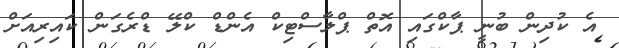
އެ ކުދިން ބުނީ ޕާކްގައި އޮތް ޕްލާސްޓިކް އެންޑް ކްލޭ ޑްރެގަން ކައިރިއަށް